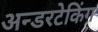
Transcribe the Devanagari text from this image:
अन्डरटेकिंग